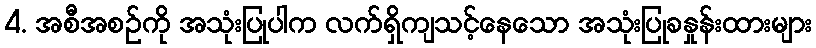
4. အစီအစဉ်ကို အသုံးပြုပါက လက်ရှိကျသင့်နေသော အသုံးပြုခနှုန်းထားများ